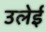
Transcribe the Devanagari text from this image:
उलेई